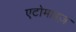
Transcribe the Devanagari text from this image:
एटोमाइज़